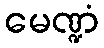
မေဏ္ဍံ